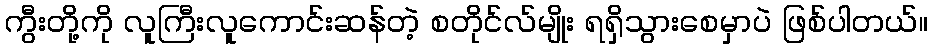
ကွီးတို့ကို လူကြီးလူကောင်းဆန်တဲ့ စတိုင်လ်မျိုး ရရှိသွားစေမှာပဲ ဖြစ်ပါတယ်။